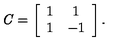
{ \it C } = \left[ \begin{array} { c c c c c c c c } { 1 } & { 1 } \\ { 1 } & { - 1 } \\ \end{array} \right] .